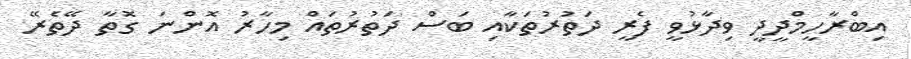
އިބްރާހީމްދީދީ ވިދާޅުވީ ފެރީ ދަތުރުތަކާއި ބަސް ދަތުރުތައް މިހާރު އޮންނަ ގޮތާ ދޭތެރޭ